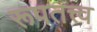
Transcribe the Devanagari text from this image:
रूपतत्त्व